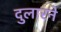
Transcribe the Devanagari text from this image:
दुलारने